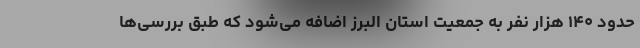
حدود ۱۴۰ هزار نفر به جمعیت استان البرز اضافه می‌شود که طبق بررسی‌ها